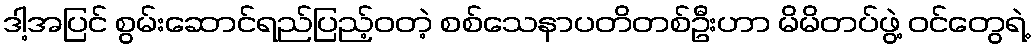
ဒါ့အပြင် စွမ်းဆောင်ရည်ပြည့်ဝတဲ့ စစ်သေနာပတိတစ်ဦးဟာ မိမိတပ်ဖွဲ့ ဝင်တွေရဲ့